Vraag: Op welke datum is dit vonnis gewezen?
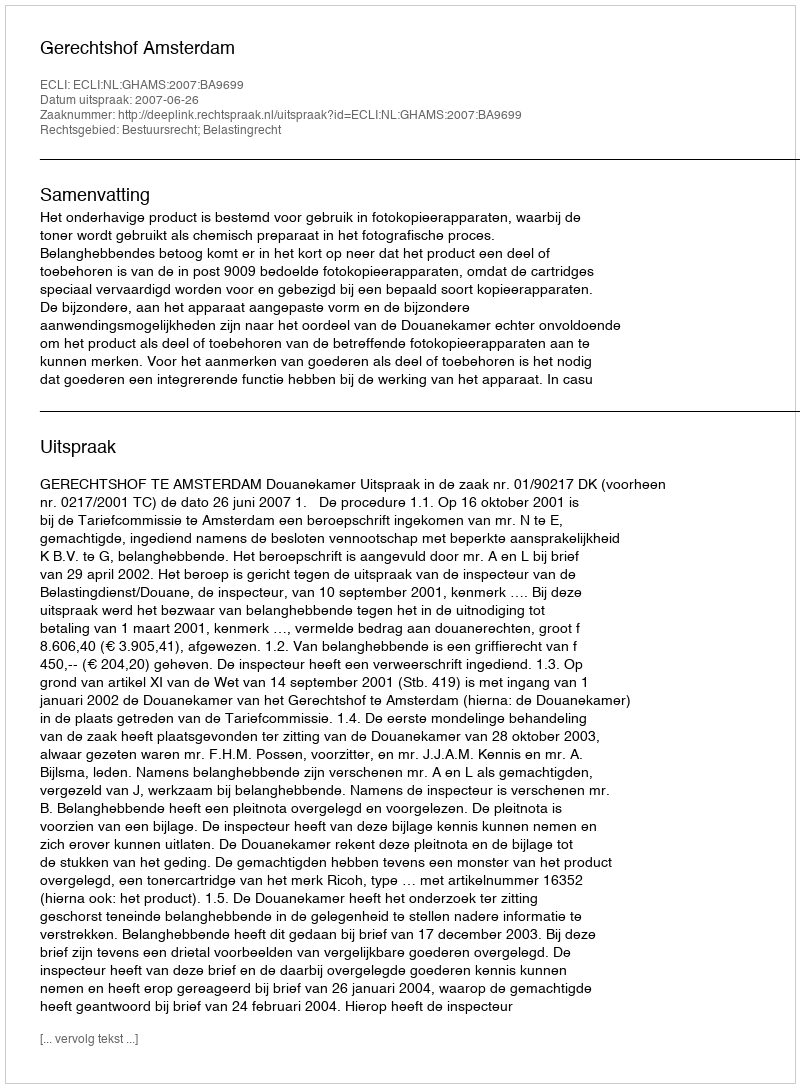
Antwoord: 2007-06-26